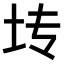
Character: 𫭞